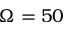
\Omega = 5 0